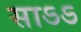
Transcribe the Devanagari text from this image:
साऽऽ